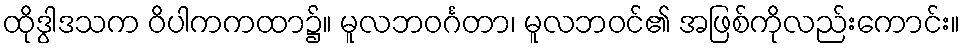
ထိုဒွါဒသက ဝိပါကကထာ၌။ မူလဘဝင်္ဂတာ၊ မူလဘဝင်၏ အဖြစ်ကိုလည်းကောင်း။